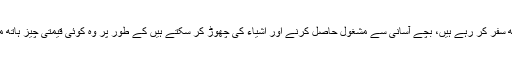
اگر آپ ایک بچے کے ساتھ سفر کر رہے ہیں، بچے آسانی سے مشغول حاصل کرنے اور اشیاء کی چھوڑ کر سکتے ہیں کے طور پر وہ کوئی قیمتی چیز ہاتھ میں نہیں ہے کہ یقینی ہے ۔